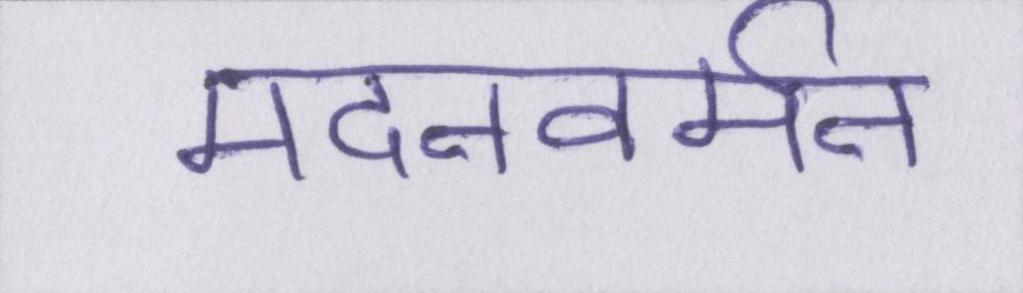
मदनवर्मन